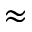
\approx